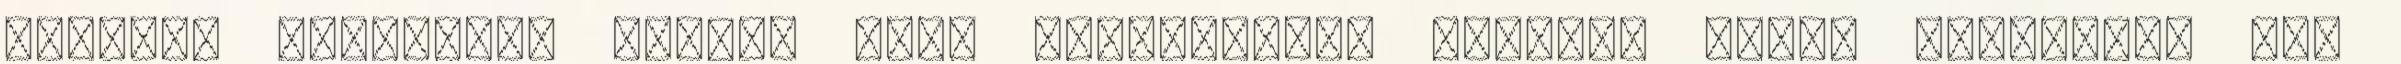
mérgező hatásúak. Évelő, fás, félélősködő növény, amely különböző fák